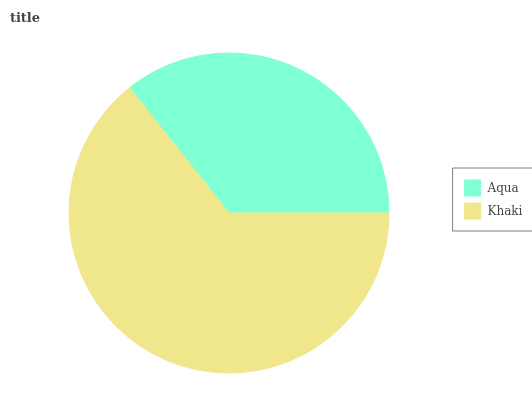
| Aqua | Khaki |
 | --- | --- |
 | 35.7% | 64.3% |